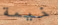
خيمة